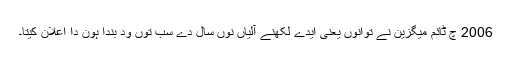
2006 چ ٹائم میگزین نے توانوں یعنی ایدے لکھنے آلیاں نوں سال دے سب توں ود بندا ہون دا اعلان کیتا۔